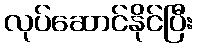
လုပ်ဆောင်နိုင်ပြီး